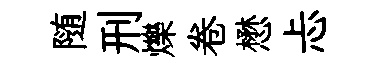
随刑爍卷懋忐